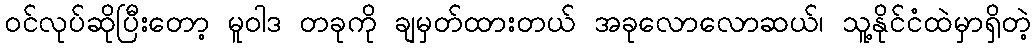
ဝင်လုပ်ဆိုပြီးတော့ မူဝါဒ တခုကို ချမှတ်ထားတယ် အခုလောလောဆယ်၊ သူ့နိုင်ငံထဲမှာရှိတဲ့